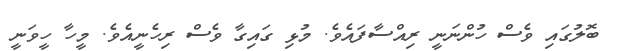
ބޮލުގައި ވެސް ހުންނަނީ ރިއްސާފައެވެ. މުޅި ގައިގާ ވެސް ރިހެނީއެވެ. މީހާ ހީވަނީ